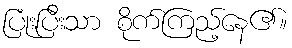
ပြုံးပြီးသာ စိုက်ကြည့်နေ၏။